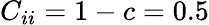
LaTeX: C_{ii}=1-c=0.5